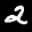
Label: 2